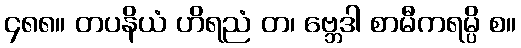
၄၈၈။ တပနိယံ ဟိရညံ တ၊ ဗ္ဘေဒါ စာမီကရမ္ပိ စ။